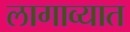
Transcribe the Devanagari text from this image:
लागाव्यात